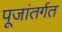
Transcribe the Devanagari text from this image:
पूजांतर्गत